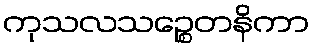
ကုသလသဉ္စေတနိကာ